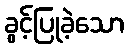
ခွင့်ပြုခဲ့သော